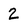
Character: 2